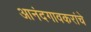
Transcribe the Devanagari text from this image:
आनंदगावकरांचे